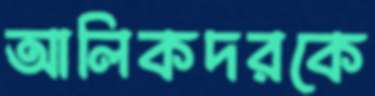
আলিকদরকে